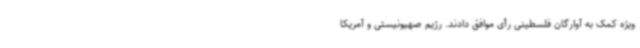
ویژه کمک به آوارگان فلسطینی رأی موافق دادند. رژیم صهیونیستی و آمریکا